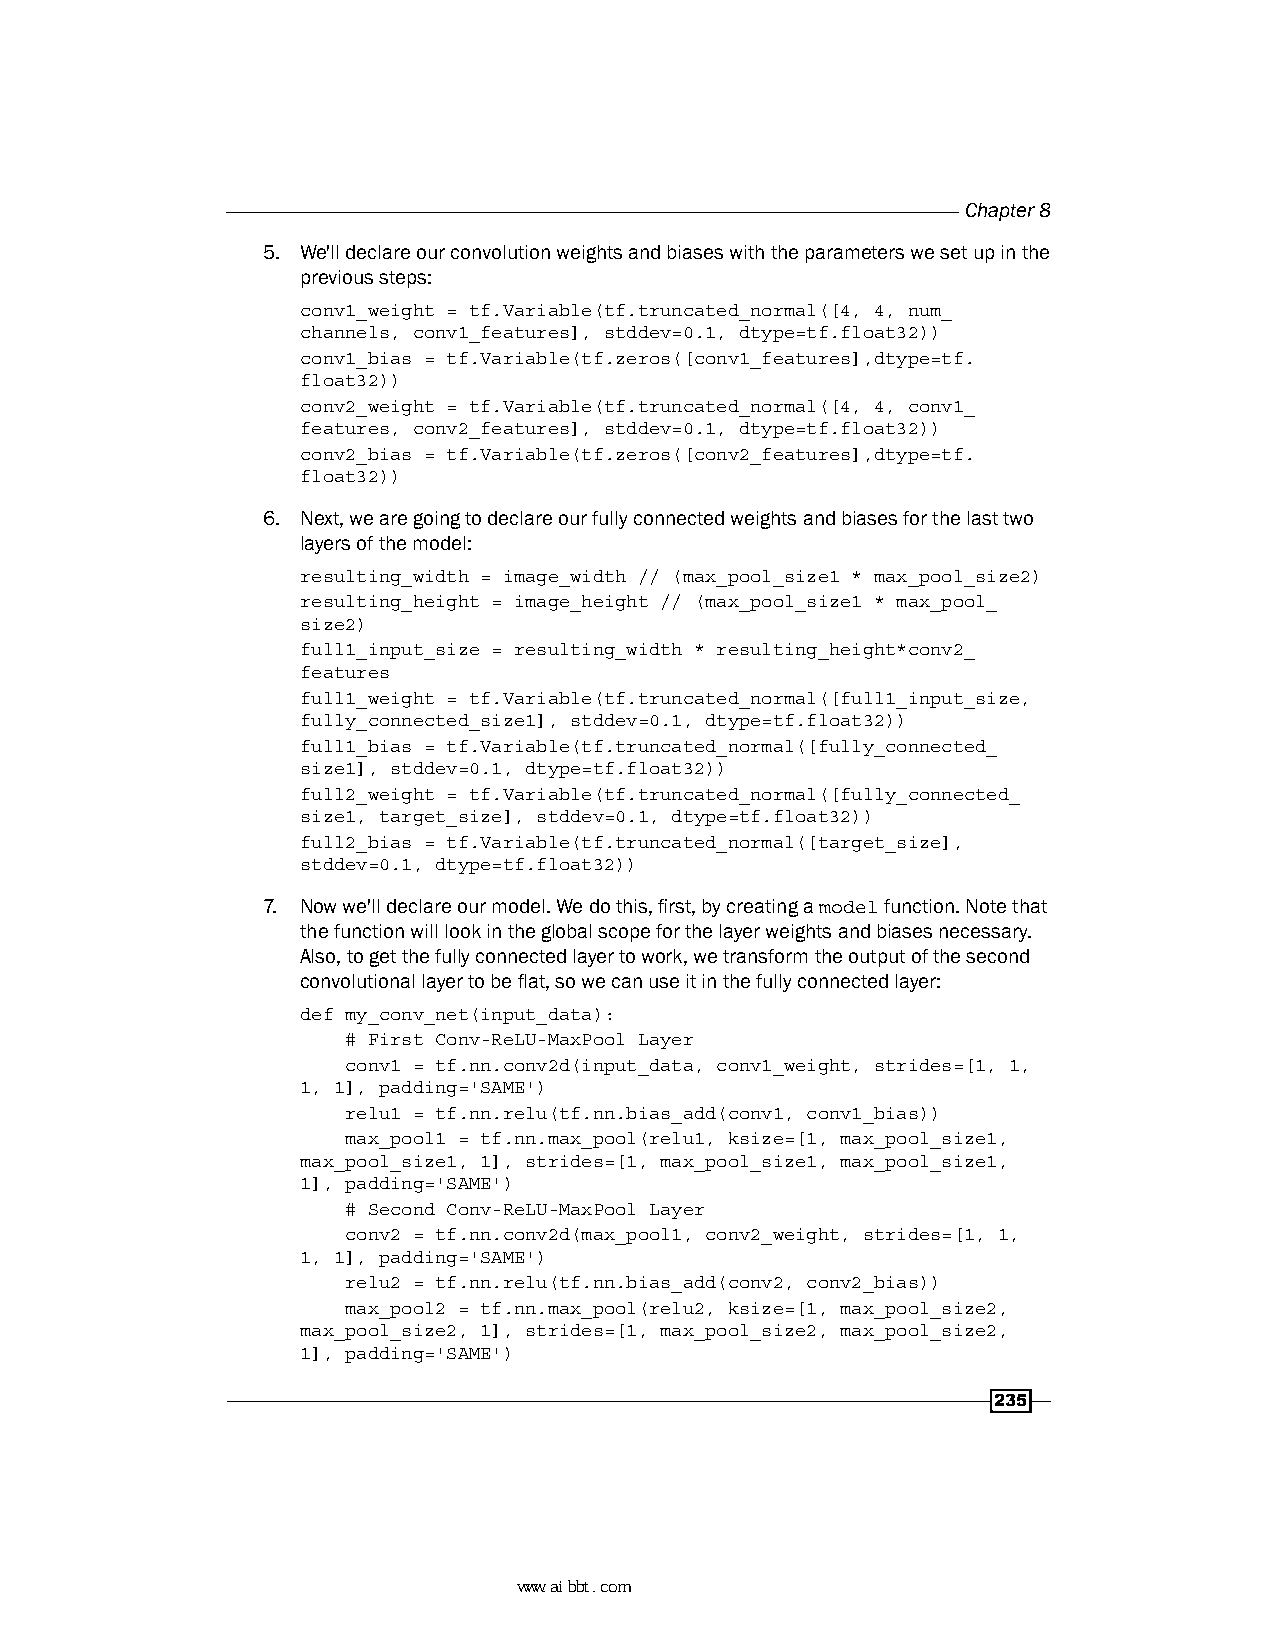
Chapter 8
 5. We'll declare our convolution weights and biases with the parameters we set up in the
 previous steps:
 conv1_weight = tf.Variable(tf.truncated_normal([4, 4, num_
 channels, conv1_features], stddev=0.1, dtype=tf.float32))
 conv1_bias = tf.Variable(tf.zeros([conv1_features],dtype=tf.
 float32))
 conv2_weight = tf.Variable(tf.truncated_normal([4, 4, conv1_
 features, conv2_features], stddev=0.1, dtype=tf.float32))
 conv2_bias = tf.Variable(tf.zeros([conv2_features],dtype=tf.
 float32))
 6. Next, we are going to declare our fully connected weights and biases for the last two
 layers of the model:
 resulting_width = image_width // (max_pool_size1 * max_pool_size2)
 resulting_height = image_height // (max_pool_size1 * max_pool_
 size2)
 full1_input_size = resulting_width * resulting_height*conv2_
 features
 full1_weight = tf.Variable(tf.truncated_normal([full1_input_size,
 fully_connected_size1], stddev=0.1, dtype=tf.float32))
 full1_bias = tf.Variable(tf.truncated_normal([fully_connected_
 size1], stddev=0.1, dtype=tf.float32))
 full2_weight = tf.Variable(tf.truncated_normal([fully_connected_
 size1, target_size], stddev=0.1, dtype=tf.float32))
 full2_bias = tf.Variable(tf.truncated_normal([target_size],
 stddev=0.1, dtype=tf.float32))
 7. Now we'll declare our model. We do this, first, by creating a model function. Note that
 the function will look in the global scope for the layer weights and biases necessary.
 Also, to get the fully connected layer to work, we transform the output of the second
 convolutional layer to be flat, so we can use it in the fully connected layer:
 def my_conv_net(input_data):
 # First Conv-ReLU-MaxPool Layer
 conv1 = tf.nn.conv2d(input_data, conv1_weight, strides=[1, 1,
 1, 1], padding='SAME')
 relu1 = tf.nn.relu(tf.nn.bias_add(conv1, conv1_bias))
 max_pool1 = tf.nn.max_pool(relu1, ksize=[1, max_pool_size1,
 max_pool_size1, 1], strides=[1, max_pool_size1, max_pool_size1,
 1], padding='SAME')
 # Second Conv-ReLU-MaxPool Layer
 conv2 = tf.nn.conv2d(max_pool1, conv2_weight, strides=[1, 1,
 1, 1], padding='SAME')
 relu2 = tf.nn.relu(tf.nn.bias_add(conv2, conv2_bias))
 max_pool2 = tf.nn.max_pool(relu2, ksize=[1, max_pool_size2,
 max_pool_size2, 1], strides=[1, max_pool_size2, max_pool_size2,
 1], padding='SAME')
 235
 www.aibbt.com 让未来触手可及